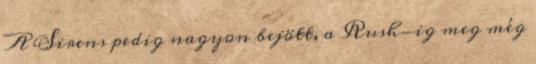
A Sirens pedig nagyon bejött, a Rush-ig meg még